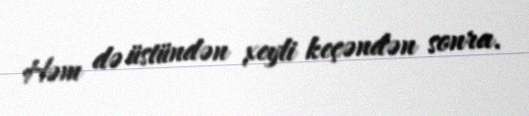
Həm də üstündən xeyli keçəndən sonra.